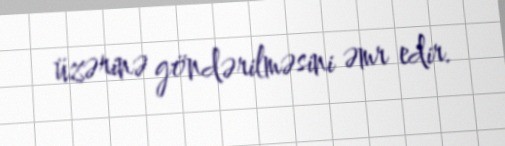
üzərinə göndərilməsini əmr edir.